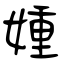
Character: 媑